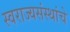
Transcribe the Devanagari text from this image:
स्वराज्यसंस्थांचे